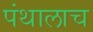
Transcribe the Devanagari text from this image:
पंथालाच